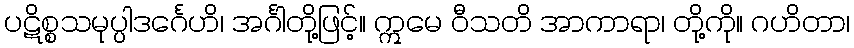
ပဋိစ္စသမုပ္ပါဒင်္ဂေဟိ၊ အင်္ဂါတို့ဖြင့်။ ဣမေ ဝီသတိ အာကာရာ၊ တို့ကို။ ဂဟိတာ၊